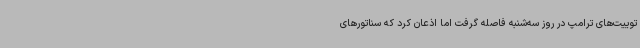
توییت‌های ترامپ در روز سه‌شنبه فاصله گرفت اما اذعان کرد که سناتورهای